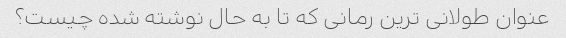
عنوان طولانی ترین رمانی که تا به حال نوشته شده چیست؟